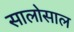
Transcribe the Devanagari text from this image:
सालोसाल